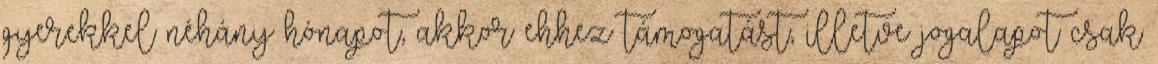
gyerekkel néhány hónapot, akkor ehhez támogatást, illetve jogalapot csak